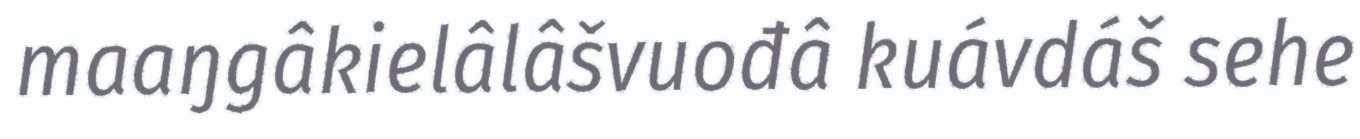
maaŋgâkielâlâšvuođâ kuávdáš sehe